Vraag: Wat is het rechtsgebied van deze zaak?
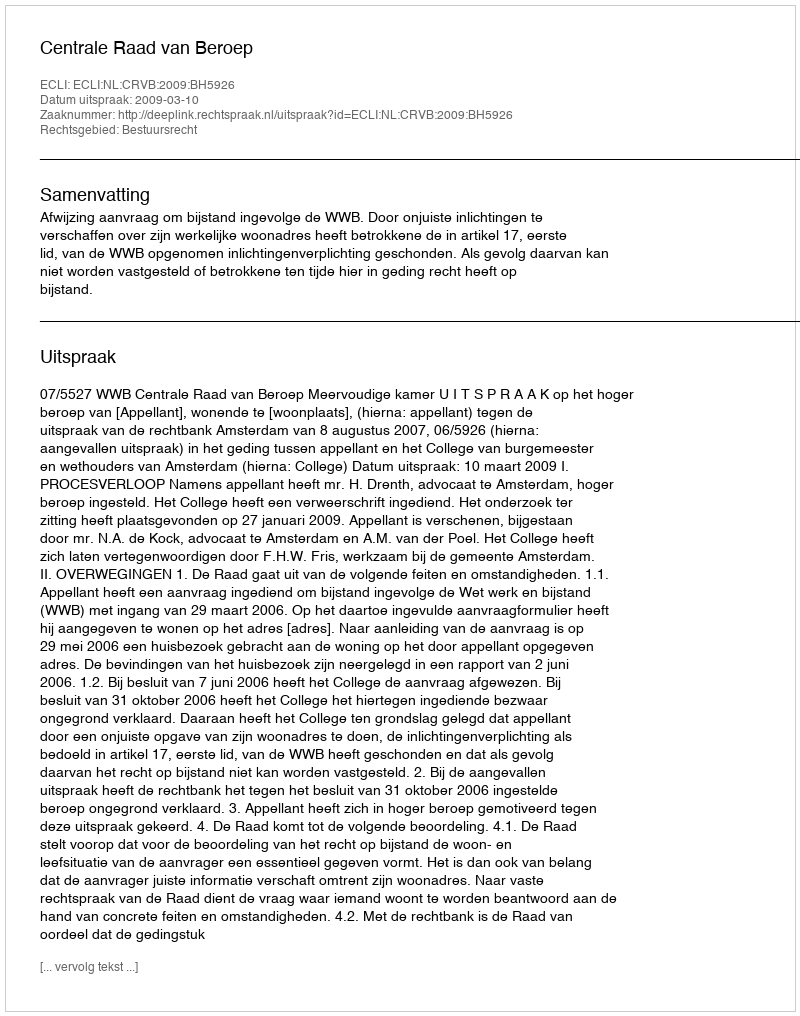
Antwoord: Bestuursrecht